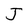
Character: J